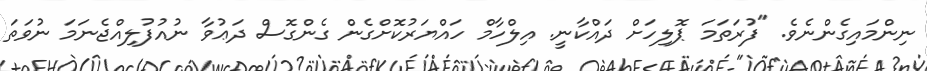
ނިންމައިގެންނެވެ. "ފުރަތަމަ ޕޮލިހަށް ދައްކާނީ. އިލްހާމް ހައްޔަރުކޮށްގެން ގެންގޮސް ދަޢުވާ ނުއުފުލިއްޖެނަމަ ނުވަތަ